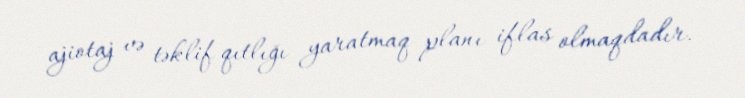
ajiotaj və təklif qıtlığı yaratmaq planı iflas olmaqdadır.